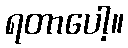
ရတာပေါ့။